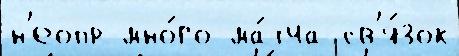
н'еопр мно́го ма́тча св'я́зок